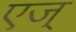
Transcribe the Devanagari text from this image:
एज्